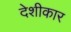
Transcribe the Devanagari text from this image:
देशीकार